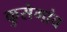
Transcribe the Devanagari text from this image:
कुसेगांव